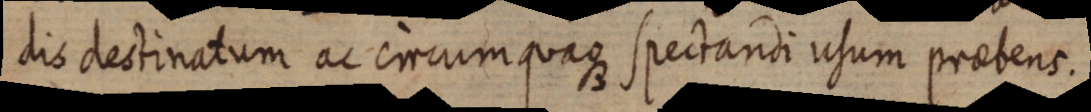
dis destinatum ac circumquaque spectandi usum praebens.